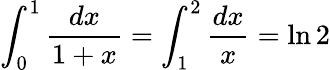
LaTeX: \int_{0}^{1}{\frac{dx}{1+x}}=\int_{1}^{2}{\frac{dx}{x}}=\ln 2